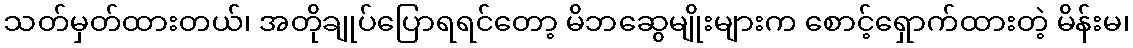
သတ်မှတ်ထားတယ်၊ အတိုချုပ်ပြောရရင်တော့ မိဘဆွေမျိုးများက စောင့်ရှောက်ထားတဲ့ မိန်းမ၊